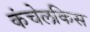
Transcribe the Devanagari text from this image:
कंचेलकिस